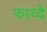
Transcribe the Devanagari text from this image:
फाय्दे